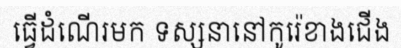
ធ្វើដំណើរមក ទស្សនានៅកូរ៉េខាងជើង